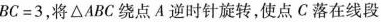
$$B C = 3$$，将△ABC绕点A逆时针旋转，使点C落在线段